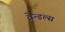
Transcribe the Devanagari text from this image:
वेन्डल्स